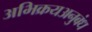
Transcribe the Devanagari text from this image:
अभिक्रयअनुबंध